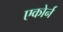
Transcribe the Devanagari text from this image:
एकोर्न